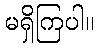
မရှိကြပါ။